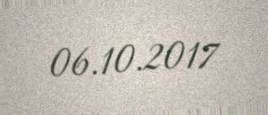
06.10.2017